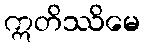
ဣတိဿိမေ